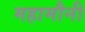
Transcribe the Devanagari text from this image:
महामौनी